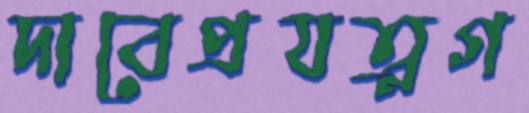
দাবেপ্রযত্নগ